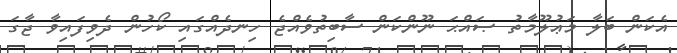
އެކަން ބަލާ މަޢުލޫމާތު ޞައްޙަ ނޫންކަން ސާބިތުވެއްޖެ ހިނދެއްގައި ކޯހުން ދެވިފައިވާ ޖާގަ